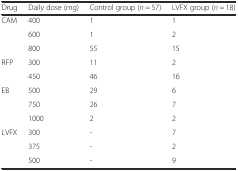
<table><thead><tr><td><b>Drug</b></td><td><b>Daily dose (mg)</b></td><td><b>Control group (<i>n</i> = 57)</b></td><td><b>LVFX group (<i>n</i> = 18)</b></td></tr></thead><tbody><tr><td rowspan="3">CAM</td><td>400</td><td>1</td><td>1</td></tr><tr><td>600</td><td>1</td><td>2</td></tr><tr><td>800</td><td>55</td><td>15</td></tr><tr><td rowspan="2">RFP</td><td>300</td><td>11</td><td>2</td></tr><tr><td>450</td><td>46</td><td>16</td></tr><tr><td rowspan="3">EB</td><td>500</td><td>29</td><td>6</td></tr><tr><td>750</td><td>26</td><td>7</td></tr><tr><td>1000</td><td>2</td><td>2</td></tr><tr><td>LVFX</td><td>300</td><td>-</td><td>7</td></tr><tr><td></td><td>375</td><td>-</td><td>2</td></tr><tr><td></td><td>500</td><td>-</td><td>9</td></tr></tbody></table>